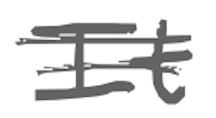
Text: It
Cross-out: mix
Writing tool: digital_gray